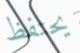
يحتفظ